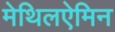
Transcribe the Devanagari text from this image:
मेथिलऐमिन